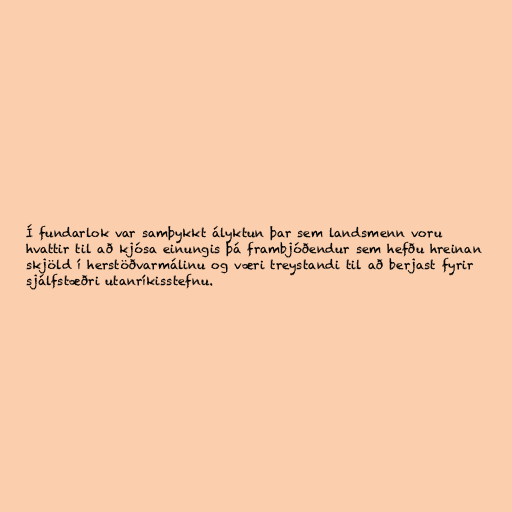
Í fundarlok var samþykkt ályktun þar sem landsmenn voru
hvattir til að kjósa einungis þá frambjóðendur sem hefðu hreinan
skjöld í herstöðvarmálinu og væri treystandi til að berjast fyrir
sjálfstæðri utanríkisstefnu.